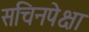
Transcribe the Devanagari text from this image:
सचिनपेक्षा